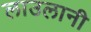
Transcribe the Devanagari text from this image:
लाउलानी